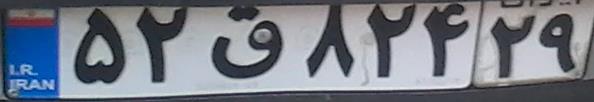
۵۲ق۸۲۴۲۹